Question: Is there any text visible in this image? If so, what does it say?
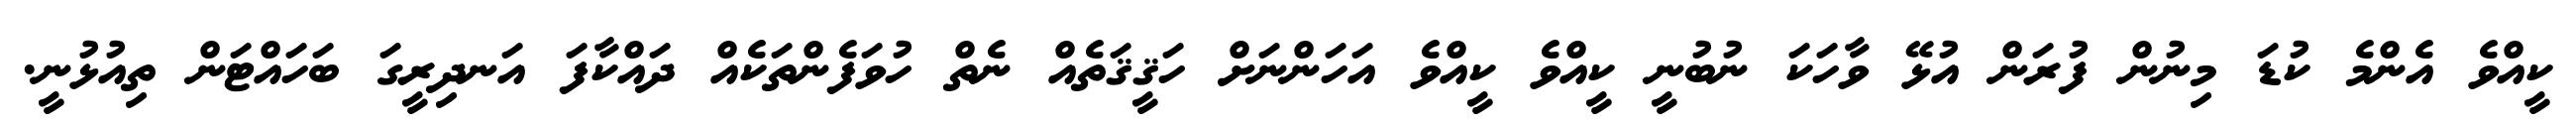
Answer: ކީއްވެ އެންމެ ކުޑަ މިނުން ފުރަން އުޅޭ ވާހަކަ ނުބުނީ ކީއްވެ ކީއްވެ އަހަންނަށް ހަޤީޤަތެއް ނެތް ހުވަފެންތަކެއް ދައްކާފަ އަނދިރީގަ ބަހައްޓަން ތިއުޅުނީ.